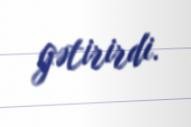
gətirirdi.